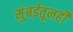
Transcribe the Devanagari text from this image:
मुंबईतूनही